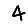
Digit: 4